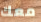
معك